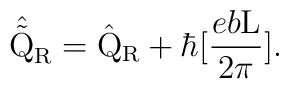
\hat{\tilde{\rm Q}}_{\rm R} = \hat{\rm Q}_{\rm R} + \hbar[\frac{eb\rm L}{2\pi}].